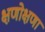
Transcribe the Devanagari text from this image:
क्षणोक्षणा